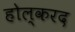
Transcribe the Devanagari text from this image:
होल्करद